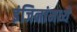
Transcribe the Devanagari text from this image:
इंजिनांमध्ये